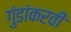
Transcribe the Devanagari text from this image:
गुंडांकरवी